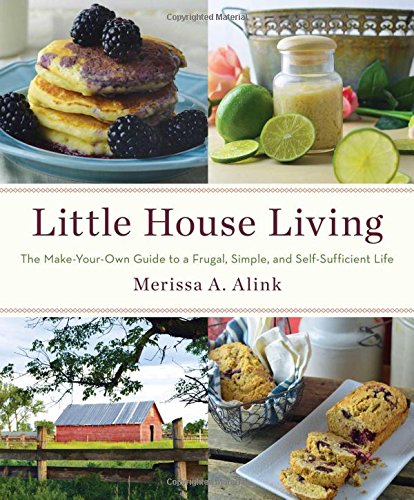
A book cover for Little House Living: The Make-Your-Own Guide to a Frugal, Simple, and Self-Sufficient Life; Merissa A. Alink; Cookbooks, Food & Wine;